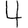
Digit: 4